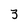
Character: 3